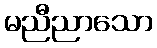
မညီညာသော